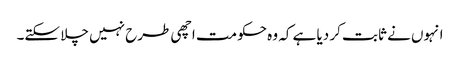
انہوں نے ثابت کر دیا ہے کہ وہ حکومت اچھی طرح نہیں چلا سکتے۔